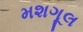
મશગૂલ